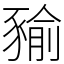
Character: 𧱬